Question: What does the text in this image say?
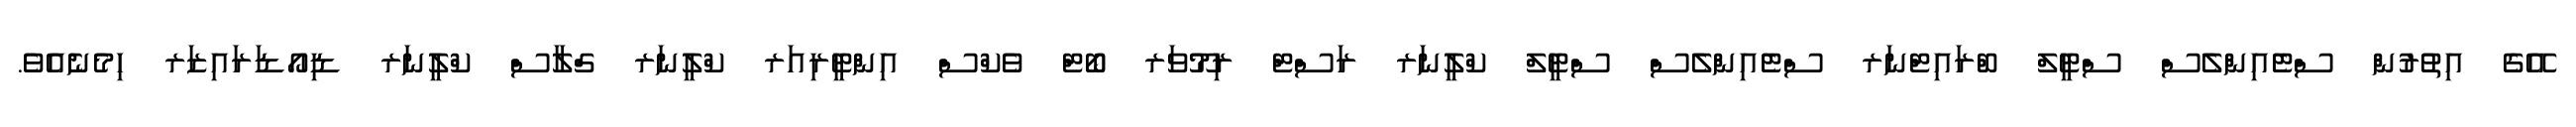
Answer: އޭގެ އިތުރުން ސްޓެއިންލެސް ސްޓީލް ބްރައިޓްނަރ ސްޓެއިންލެސް ސްޓީލް ކްލީނަރ ރަސްޓް ރިމޫވަރ ބޯޓް ވެކްސް އިންޓީރިއަރ ކްލީނަރ ގްލާސް ކްލީނަރ ޑިއޯޑަރައިޒަރ ހިމެނެއެވެ.